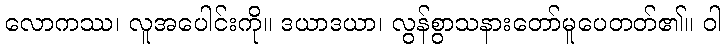
လောကဿ၊ လူအပေါင်းကို။ ဒယာဒယာ၊ လွန်စွာသနားတော်မူပေတတ်၏။ ဝါ